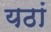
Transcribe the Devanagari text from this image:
यठां